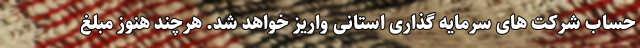
حساب شرکت های سرمایه گذاری استانی واریز خواهد شد. هرچند هنوز مبلغ